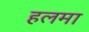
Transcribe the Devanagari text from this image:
हलमा